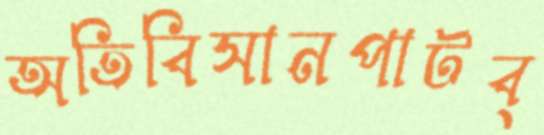
অতিবিসানপাটব্